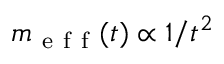
m _ { \mathrm { ~ e ~ f ~ f ~ } } ( t ) \propto 1 / t ^ { 2 }